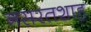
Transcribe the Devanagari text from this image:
नसरतशाह